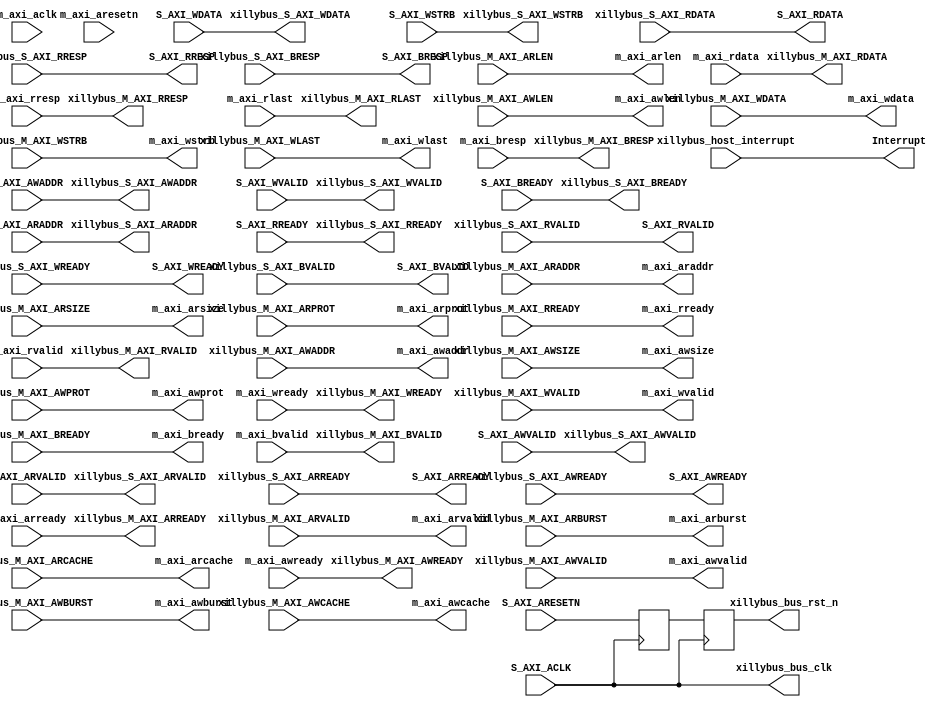
module xillybus #(
		  parameter C_S_AXI_DATA_WIDTH = 32,
		  parameter C_S_AXI_ADDR_WIDTH = 32,
		  parameter C_M_AXI_ADDR_WIDTH = 32,
		  parameter C_M_AXI_DATA_WIDTH = 64,
		  parameter C_S_AXI_MIN_SIZE = 32'h000001ff,
		  parameter C_USE_WSTRB = 1,
		  parameter C_DPHASE_TIMEOUT = 8,
		  parameter C_BASEADDR = 32'h79c00000,
		  parameter C_HIGHADDR = 32'h79c0ffff,
		  parameter C_SLV_AWIDTH = 32,
		  parameter C_SLV_DWIDTH = 64,
		  parameter C_MAX_BURST_LEN = 256,
		  parameter C_NATIVE_DATA_WIDTH = 64
		  )
  (
   input S_AXI_ACLK,
   input S_AXI_ARESETN,
   output Interrupt,
   input [(C_S_AXI_ADDR_WIDTH-1):0] S_AXI_AWADDR,
   input S_AXI_AWVALID,
   input [(C_S_AXI_DATA_WIDTH-1):0] S_AXI_WDATA,
   input [((C_S_AXI_DATA_WIDTH/8)-1):0] S_AXI_WSTRB,
   input S_AXI_WVALID,
   input S_AXI_BREADY,
   input [(C_S_AXI_ADDR_WIDTH-1):0] S_AXI_ARADDR,
   input S_AXI_ARVALID,
   input S_AXI_RREADY,
   output S_AXI_ARREADY,
   output [(C_S_AXI_DATA_WIDTH-1):0] S_AXI_RDATA,
   output [1:0] S_AXI_RRESP,
   output S_AXI_RVALID,
   output S_AXI_WREADY,
   output [1:0] S_AXI_BRESP,
   output S_AXI_BVALID,
   output S_AXI_AWREADY,
   input m_axi_aclk,
   input m_axi_aresetn,
   input m_axi_arready,
   output m_axi_arvalid,
   output [(C_M_AXI_ADDR_WIDTH-1):0] m_axi_araddr,
   output [3:0] m_axi_arlen,
   output [2:0] m_axi_arsize,
   output [1:0] m_axi_arburst,
   output [2:0] m_axi_arprot,
   output [3:0] m_axi_arcache,
   output m_axi_rready,
   input m_axi_rvalid,
   input [(C_M_AXI_DATA_WIDTH-1):0] m_axi_rdata,
   input [1:0] m_axi_rresp,
   input m_axi_rlast,
   input m_axi_awready,
   output m_axi_awvalid,
   output [(C_M_AXI_ADDR_WIDTH-1):0] m_axi_awaddr,
   output [3:0] m_axi_awlen,
   output [2:0] m_axi_awsize,
   output [1:0] m_axi_awburst,
   output [2:0] m_axi_awprot,
   output [3:0] m_axi_awcache,
   input m_axi_wready,
   output m_axi_wvalid,
   output [(C_M_AXI_DATA_WIDTH-1):0] m_axi_wdata,
   output [((C_M_AXI_DATA_WIDTH/8)-1):0] m_axi_wstrb,
   output m_axi_wlast,
   output m_axi_bready,
   input m_axi_bvalid,
   input [1:0] m_axi_bresp,
   
   output xillybus_bus_clk,
   output reg xillybus_bus_rst_n,
   output [(C_S_AXI_ADDR_WIDTH-1):0] xillybus_S_AXI_AWADDR,
   output xillybus_S_AXI_AWVALID,
   output [(C_S_AXI_DATA_WIDTH-1):0] xillybus_S_AXI_WDATA,
   output [((C_S_AXI_DATA_WIDTH/8)-1):0] xillybus_S_AXI_WSTRB,
   output xillybus_S_AXI_WVALID,
   output xillybus_S_AXI_BREADY,
   output [(C_S_AXI_ADDR_WIDTH-1):0] xillybus_S_AXI_ARADDR,
   output xillybus_S_AXI_ARVALID,
   output xillybus_S_AXI_RREADY,
   input xillybus_S_AXI_ARREADY,
   input [(C_S_AXI_DATA_WIDTH-1):0] xillybus_S_AXI_RDATA,
   input [1:0] xillybus_S_AXI_RRESP,
   input xillybus_S_AXI_RVALID,
   input xillybus_S_AXI_WREADY,
   input [1:0] xillybus_S_AXI_BRESP,
   input xillybus_S_AXI_BVALID,
   input xillybus_S_AXI_AWREADY,
   output xillybus_M_AXI_ARREADY,
   input xillybus_M_AXI_ARVALID,
   input [(C_M_AXI_ADDR_WIDTH-1):0] xillybus_M_AXI_ARADDR,
   input [3:0] xillybus_M_AXI_ARLEN,
   input [2:0] xillybus_M_AXI_ARSIZE,
   input [1:0] xillybus_M_AXI_ARBURST,
   input [2:0] xillybus_M_AXI_ARPROT,
   input [3:0] xillybus_M_AXI_ARCACHE,
   input xillybus_M_AXI_RREADY,
   output xillybus_M_AXI_RVALID,
   output [(C_M_AXI_DATA_WIDTH-1):0] xillybus_M_AXI_RDATA,
   output [1:0] xillybus_M_AXI_RRESP,
   output xillybus_M_AXI_RLAST,
   output xillybus_M_AXI_AWREADY,
   input xillybus_M_AXI_AWVALID,
   input [(C_M_AXI_ADDR_WIDTH-1):0] xillybus_M_AXI_AWADDR,
   input [3:0] xillybus_M_AXI_AWLEN,
   input [2:0] xillybus_M_AXI_AWSIZE,
   input [1:0] xillybus_M_AXI_AWBURST,
   input [2:0] xillybus_M_AXI_AWPROT,
   input [3:0] xillybus_M_AXI_AWCACHE,
   output xillybus_M_AXI_WREADY,
   input xillybus_M_AXI_WVALID,
   input [(C_M_AXI_DATA_WIDTH-1):0] xillybus_M_AXI_WDATA,
   input [((C_M_AXI_DATA_WIDTH/8)-1):0] xillybus_M_AXI_WSTRB,
   input xillybus_M_AXI_WLAST,
   input xillybus_M_AXI_BREADY,
   output xillybus_M_AXI_BVALID,
   output [1:0] xillybus_M_AXI_BRESP,
   input xillybus_host_interrupt
   );

   reg 	 rst_sync;

   // S_AXI_ARESETN is possibly completely asyncronous to anything, while
   // bus_rst is expected to be synchronous w.r.t. to bus_clk. So it's synced.
   
   always @(posedge S_AXI_ACLK)
     begin
	xillybus_bus_rst_n <= rst_sync;
	rst_sync <= S_AXI_ARESETN;
     end

   // This module merely connects the AXI signals to the Xillybus core, which
   // is external to the processor. This makes it possible to swap the Xillybus
   // core without reimplementing the processor.

   assign xillybus_bus_clk = S_AXI_ACLK ;
   assign xillybus_S_AXI_AWADDR = S_AXI_AWADDR ;
   assign xillybus_S_AXI_AWVALID = S_AXI_AWVALID ;
   assign xillybus_S_AXI_WDATA = S_AXI_WDATA ;
   assign xillybus_S_AXI_WSTRB = S_AXI_WSTRB ;
   assign xillybus_S_AXI_WVALID = S_AXI_WVALID ;
   assign xillybus_S_AXI_BREADY = S_AXI_BREADY ;
   assign xillybus_S_AXI_ARADDR = S_AXI_ARADDR ;
   assign xillybus_S_AXI_ARVALID = S_AXI_ARVALID ;
   assign xillybus_S_AXI_RREADY = S_AXI_RREADY ;
   assign S_AXI_ARREADY = xillybus_S_AXI_ARREADY ;
   assign S_AXI_RDATA = xillybus_S_AXI_RDATA ;
   assign S_AXI_RRESP = xillybus_S_AXI_RRESP ;
   assign S_AXI_RVALID = xillybus_S_AXI_RVALID ;
   assign S_AXI_WREADY = xillybus_S_AXI_WREADY ;
   assign S_AXI_BRESP = xillybus_S_AXI_BRESP ;
   assign S_AXI_BVALID = xillybus_S_AXI_BVALID ;
   assign S_AXI_AWREADY = xillybus_S_AXI_AWREADY ;
   assign xillybus_M_AXI_ACLK = m_axi_aclk ;
   assign xillybus_M_AXI_ARESETN = m_axi_aresetn ;
   assign xillybus_M_AXI_ARREADY = m_axi_arready ;
   assign m_axi_arvalid = xillybus_M_AXI_ARVALID ;
   assign m_axi_araddr = xillybus_M_AXI_ARADDR ;
   assign m_axi_arlen = xillybus_M_AXI_ARLEN ;
   assign m_axi_arsize = xillybus_M_AXI_ARSIZE ;
   assign m_axi_arburst = xillybus_M_AXI_ARBURST ;
   assign m_axi_arprot = xillybus_M_AXI_ARPROT ;
   assign m_axi_arcache = xillybus_M_AXI_ARCACHE ;
   assign m_axi_rready = xillybus_M_AXI_RREADY ;
   assign xillybus_M_AXI_RVALID = m_axi_rvalid ;
   assign xillybus_M_AXI_RDATA = m_axi_rdata ;
   assign xillybus_M_AXI_RRESP = m_axi_rresp ;
   assign xillybus_M_AXI_RLAST = m_axi_rlast ;
   assign xillybus_M_AXI_AWREADY = m_axi_awready ;
   assign m_axi_awvalid = xillybus_M_AXI_AWVALID ;
   assign m_axi_awaddr = xillybus_M_AXI_AWADDR ;
   assign m_axi_awlen = xillybus_M_AXI_AWLEN ;
   assign m_axi_awsize = xillybus_M_AXI_AWSIZE ;
   assign m_axi_awburst = xillybus_M_AXI_AWBURST ;
   assign m_axi_awprot = xillybus_M_AXI_AWPROT ;
   assign m_axi_awcache = xillybus_M_AXI_AWCACHE ;
   assign xillybus_M_AXI_WREADY = m_axi_wready ;
   assign m_axi_wvalid = xillybus_M_AXI_WVALID ;
   assign m_axi_wdata = xillybus_M_AXI_WDATA ;
   assign m_axi_wstrb = xillybus_M_AXI_WSTRB ;
   assign m_axi_wlast = xillybus_M_AXI_WLAST ;
   assign m_axi_bready = xillybus_M_AXI_BREADY ;
   assign xillybus_M_AXI_BVALID = m_axi_bvalid ;
   assign xillybus_M_AXI_BRESP = m_axi_bresp ;
   assign Interrupt = xillybus_host_interrupt;
endmodule